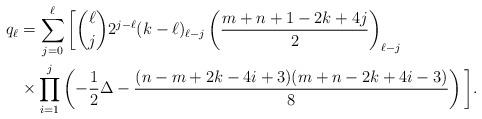
LaTeX: \begin{align*}q_\ell & = \sum_{j=0}^\ell\bigg[\binom{\ell}{j}2^{j-\ell}(k-\ell)_{\ell-j}\left(\frac{m+n+1-2k+4j}{2}\right)_{\ell-j} \\& \times \prod_{i=1}^{j}\left(-\frac{1}{2}\Delta - \frac{(n-m+2k-4i+3)(m+n-2k+4i-3)}{8}\right)\bigg] .\end{align*}